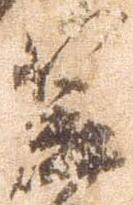
笠